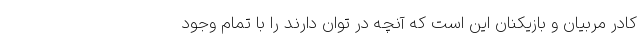
کادر مربیان و بازیکنان این است که آنچه در توان دارند را با تمام وجود